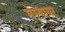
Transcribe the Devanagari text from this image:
मेम्वायर